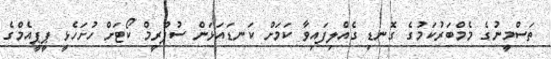
ތަސްމީނުގެ މެމްބަރުކަމުގެ ގޮނޑި ގެއްލިފައިވާ ކަމަށް ކަނޑައަޅަން ސުޕްރީމް ކޯޓަށް ހުށަހެޅީ ޕީޕީއެމްގެ